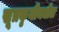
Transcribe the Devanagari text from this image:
सूत्रकृमीमधील